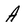
Character: A